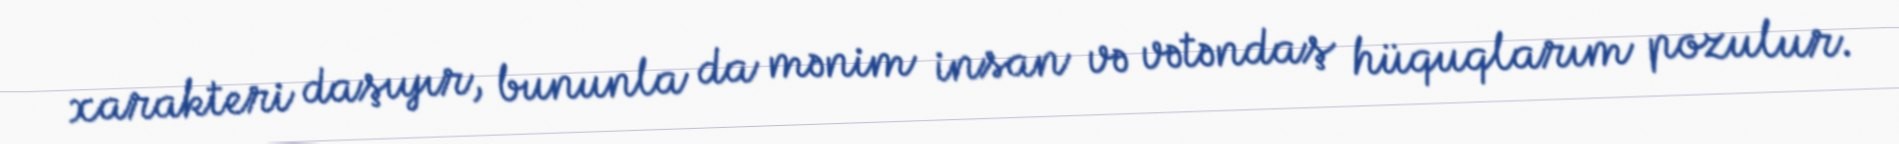
xarakteri daşıyır, bununla da mənim insan və vətəndaş hüquqlarım pozulur.